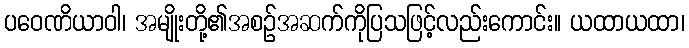
ပဝေဏိယာဝါ၊ အမျိုးတို့၏အစဉ်အဆက်ကိုပြသဖြင့်လည်းကောင်း။ ယထာယထာ၊